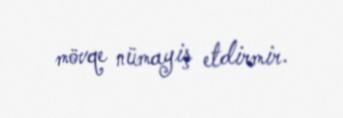
mövqe nümayiş etdirmir.